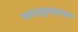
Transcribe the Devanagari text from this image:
फायज़ुलहराम